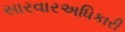
સારવારઅધિકારી